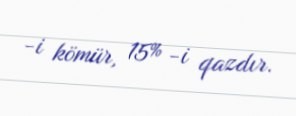
-i kömür, 15% -i qazdır.